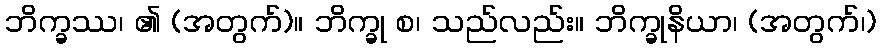
ဘိက္ခဿ၊ ၏ (အတွက်)။ ဘိက္ခု စ၊ သည်လည်း။ ဘိက္ခုနိယာ၊ (အတွက်၊)